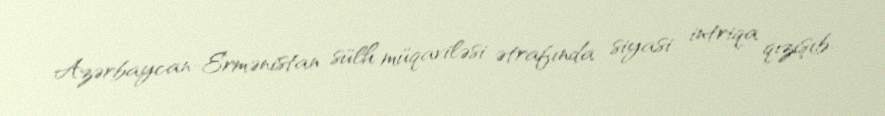
Azərbaycan-Ermənistan sülh müqaviləsi ətrafında siyasi intriqa qızışıb.